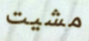
مشيت